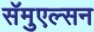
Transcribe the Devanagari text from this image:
सॅमुएल्सन